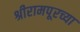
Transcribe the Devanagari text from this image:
श्रीरामपूरच्या